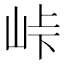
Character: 峠